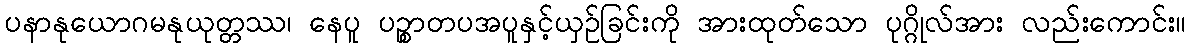
ပနာနုယောဂမနုယုတ္တဿ၊ နေပူ ပဉ္စာတပအပူနှင့်ယှဉ်ခြင်းကို အားထုတ်သော ပုဂ္ဂိုလ်အား လည်းကောင်း။